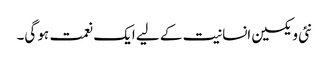
نئی ویکسین انسانیت کے لیے ایک نعمت ہو گی۔